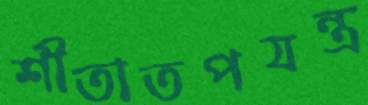
শীতাতপযন্ত্র